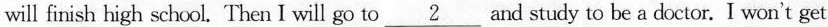
will finish high school. Then I will go to \underline{2} and study to be a doctor. I won't get